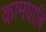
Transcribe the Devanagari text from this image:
कामयाबि